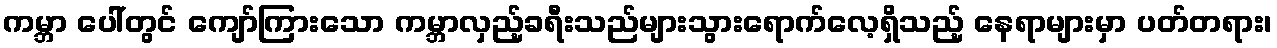
ကမ္ဘာ ပေါ်တွင် ကျော်ကြားသော ကမ္ဘာလှည့်ခရီးသည်များသွားရောက်လေ့ရှိသည့် နေရာများမှာ ပတ်တရား၊